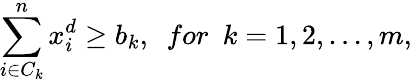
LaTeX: \sum_{i\in C_{k}}^{n}x_{i}^{d}\geq b_{k},~~for~~k=1,2,...,m,